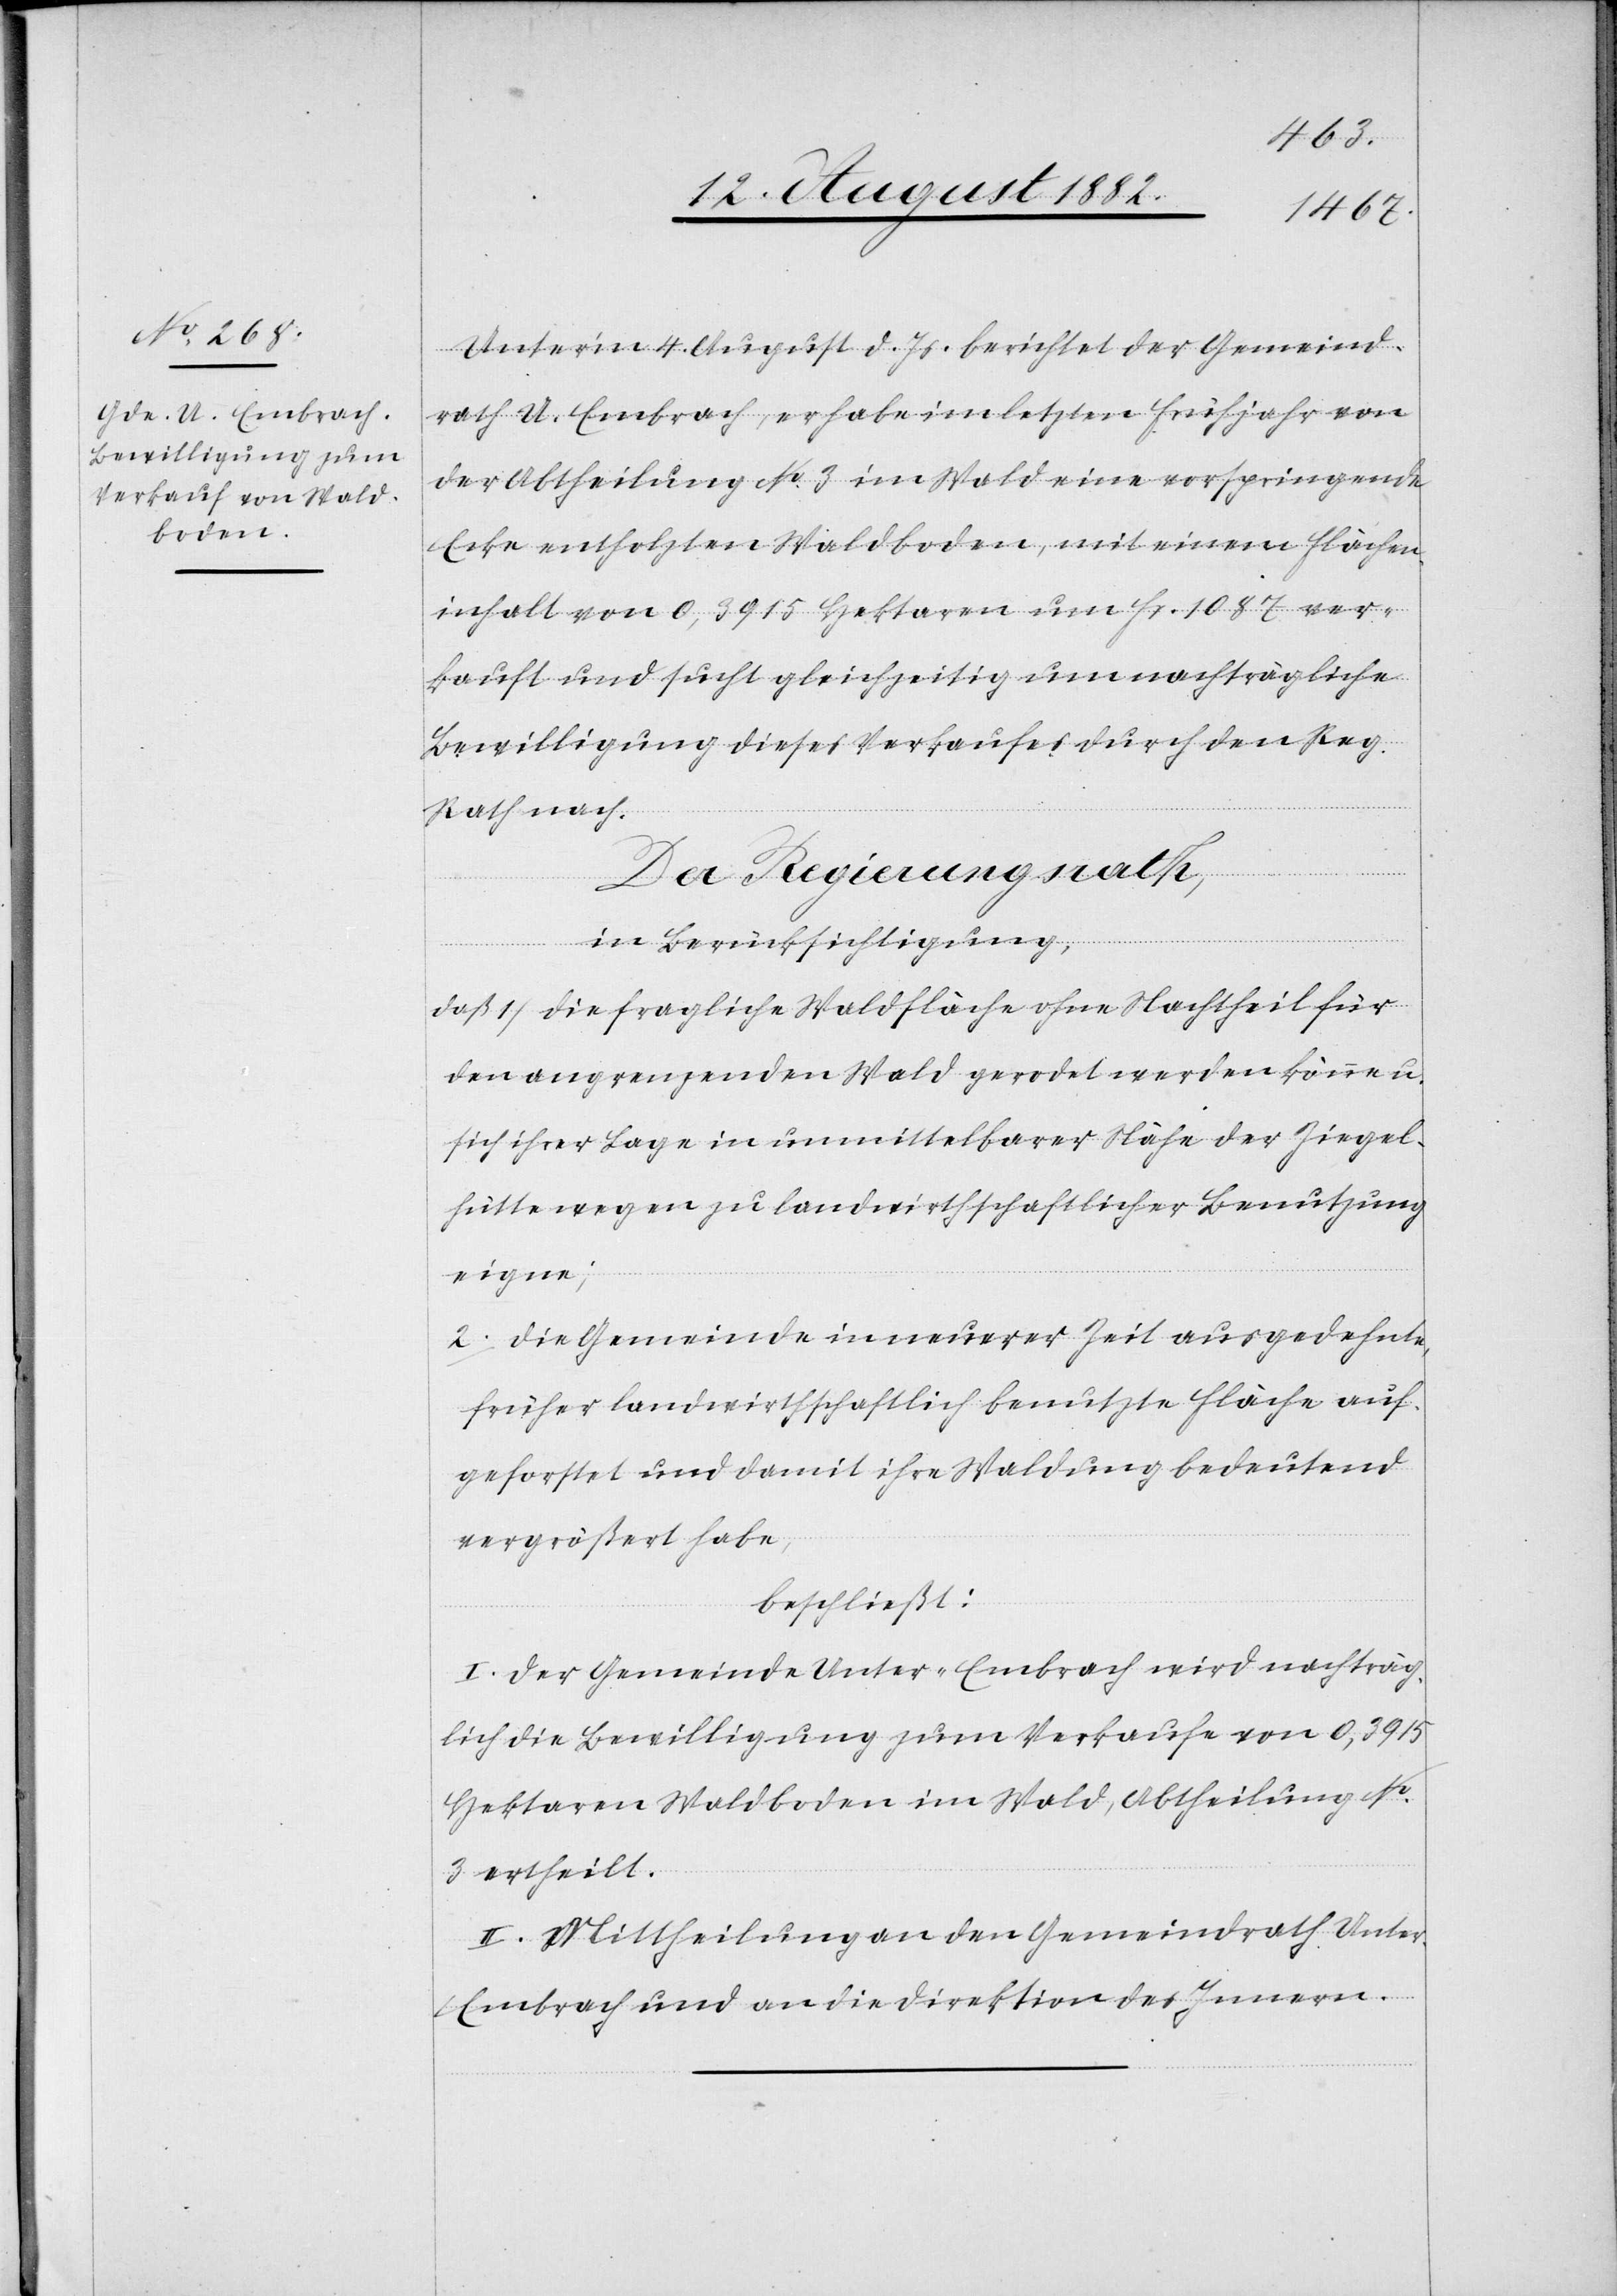
Unter’m 4. August d. Js. berichtet der Gemeind¬
rath U. Embrach, er habe im letzten Frühjahr von
der Abtheilung No 3 im Wald eine vorspringende
Ecke entholzten Waldboden, mit einem Flächen¬
inhalt von 0,3915 Hektaren um Fr. 1087 ver¬
kauft und sucht gleichzeitig um nachträgliche
Bewilligung dieses Verkaufes durch den Reg.
Rath nach.
Der Regierungsrath,
in Berücksichtigung,
daß 1) die fragliche Waldfläche ohne Nachtheil für
den angrenzenden Wald gerodet werden könne u.
sich ihrer Lage in unmittelbarer Nähe der Ziegel¬
hütte wegen zu landwirthschaftlicher Benutzung
eigne,
2. die Gemeinde in neuerer Zeit ausgedehnte,
früher landwirthschaftlich benutzte Fläche auf¬
geforstet und damit ihre Waldung bedeutend
vergrößert habe,
beschließt:
I. Der Gemeinde Unter-Embrach wird nachträg¬
lich die Bewilligung zum Verkaufe von 0,3915
Hektaren Waldboden im Wald, Abtheilung No
3 ertheilt.
II. Mittheilung an den Gemeindrath Unte¬
r-Embrach und an die Direktion des Innern.